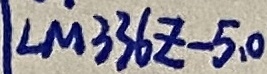
Text: LM336-5,0